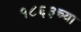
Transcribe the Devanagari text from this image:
१८६३च्या